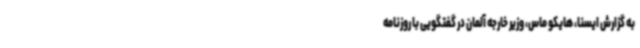
به گزارش ایسنا، هایکو ماس، وزیر خارجه آلمان در گفتگویی با روزنامه